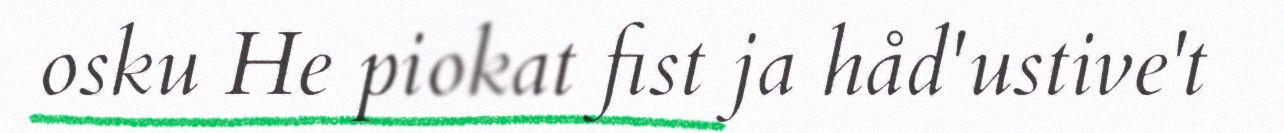
osku He piokat fist ja håd'ustive't